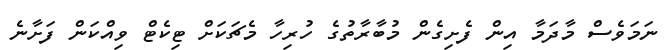
ނަމަވެސް މާދަމާ އިން ފެށިގެން މުބާރާތުގެ ހުރިހާ މެޗަކަށް ޓިކެޓް ވިއްކަން ފަށާނެ